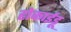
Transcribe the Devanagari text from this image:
होकाईडू